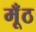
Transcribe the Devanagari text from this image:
मूँठ